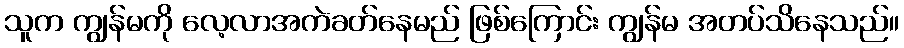
သူက ကျွန်မကို လေ့လာအကဲခတ်နေမည် ဖြစ်ကြောင်း ကျွန်မ အတပ်သိနေသည်။